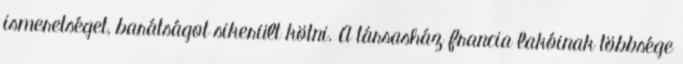
ismeretséget, barátságot sikerült kötni. A társasház francia lakóinak többsége